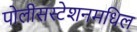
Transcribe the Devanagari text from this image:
पोलीसस्टेशनमधिल